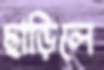
ছাড়িলে